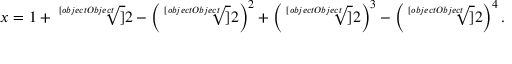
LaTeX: x = 1 + { \sqrt [ [object Object] ] { 2 } } - \left( { \sqrt [ [object Object] ] { 2 } } \right) ^ { 2 } + \left( { \sqrt [ [object Object] ] { 2 } } \right) ^ { 3 } - \left( { \sqrt [ [object Object] ] { 2 } } \right) ^ { 4 } .